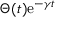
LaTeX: \Theta ( t ) \mathrm { e } ^ { - \gamma t }